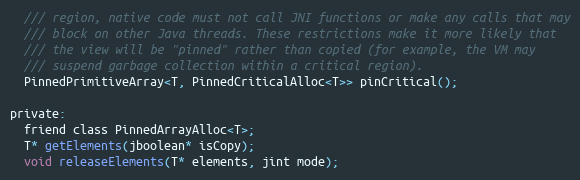
Language: C
  /// region, native code must not call JNI functions or make any calls that may
  /// block on other Java threads. These restrictions make it more likely that
  /// the view will be "pinned" rather than copied (for example, the VM may
  /// suspend garbage collection within a critical region).
  PinnedPrimitiveArray<T, PinnedCriticalAlloc<T>> pinCritical();

private:
  friend class PinnedArrayAlloc<T>;
  T* getElements(jboolean* isCopy);
  void releaseElements(T* elements, jint mode);